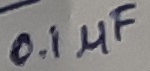
Text: 0.1µF